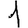
Digit: 1